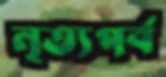
নৃত্যপর্ব